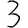
Digit: 3